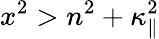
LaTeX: x^{2}>n^{2}+\kappa_{\| }^{2}